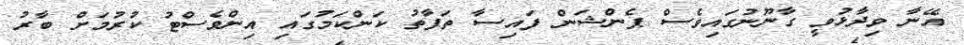
އޭނާ ވިދާޅުވީ ގާނޫނުގައިވެސް ޕެންޝަން ފައިސާ ތަފާތު ކަންކަމުގައި އިންވެސްޓު ކުރުމަށް ބާރު